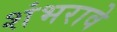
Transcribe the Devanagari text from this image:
शंभरावे